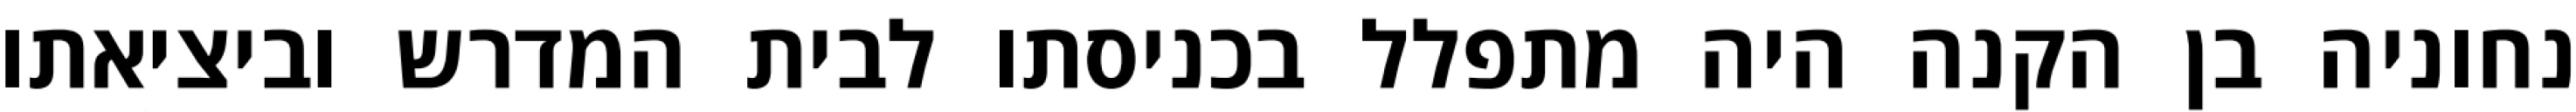
נחוניה בן הקנה היה מתפלל בכניסתו לבית המדרש וביציאתו